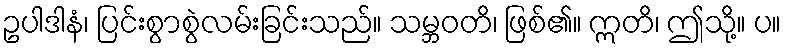
ဥပါဒါနံ၊ ပြင်းစွာစွဲလမ်းခြင်းသည်။ သမ္ဘဝတိ၊ ဖြစ်၏။ ဣတိ၊ ဤသို့။ ပ။